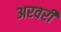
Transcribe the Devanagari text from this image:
अरवरी